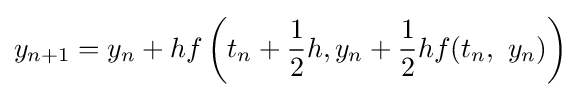
y_{n+1}=y_{n}+hf\left(t_{n}+{\frac {1}{2}}h,y_{n}+{\frac {1}{2}}hf(t_{n},\ y_{n})\right)